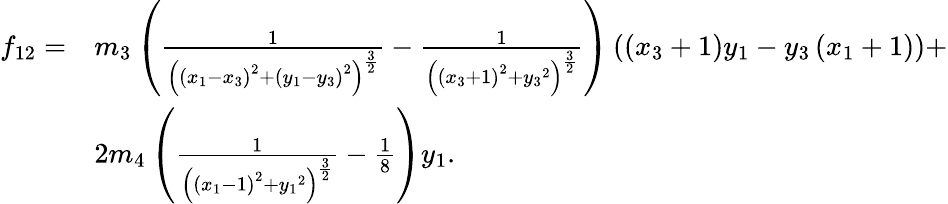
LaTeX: \begin{array}{ll}{f_{12}=}&{{m_{3}}\left(\frac{1}{\left(\left({x_{1}}-{x_{3}}\right)^{2}+\left({y_{1}}-{y_{3}}\right)^{2}\right)^{\frac{3}{2}}}-\frac{1}{\left(\left({x_{3}}+1\right)^{2}+{y_{3}}^{2}\right)^{\frac{3}{2}}}\right)\left(\left({x_{3}}+1\right){y_{1}}-{y_{3}}\left({x_{1}}+1\right)\right)+}\\ &{2{m_{4}}\left(\frac{1}{\left(\left({x_{1}}-1\right)^{2}+{y_{1}}^{2}\right)^{\frac{3}{2}}}-\frac{1}{8}\right){y_{1}}.}\end{array}